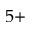
5 +